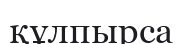
құлпырса